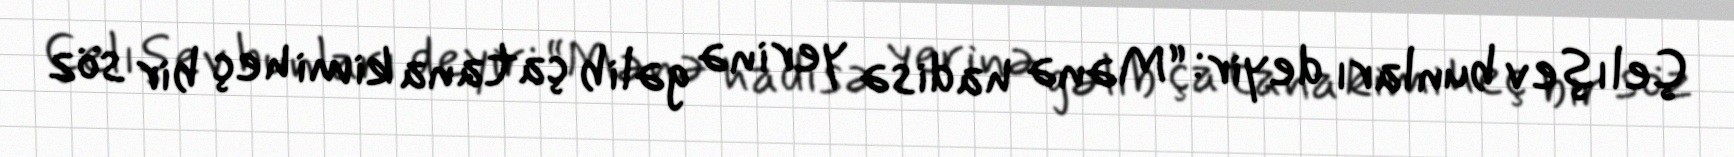
Çelışev bunları deyir: “Mənə hadisə yerinə gəlib çatana kimi heç bir söz